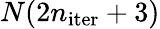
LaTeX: N(2n_{\mathrm{iter}}+3)